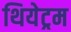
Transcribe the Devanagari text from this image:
थियेट्रम